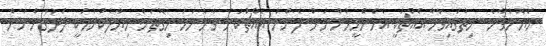
ހެޔޮނުވާނެ. ހިތުގައިވާހާ އެއްޗަކީ އެހެންމީހުންނަށް ފެންނަ އެއްޗަކަށް ވާނެނަމަ މިގޮތަށް ޚިޔާލުކުރުމަކީ ލަދުގަންނަން